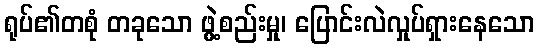
ရုပ်၏တစုံ တခုသော ဖွဲ့စည်းမှု၊ ပြောင်းလဲလှုပ်ရှားနေသော